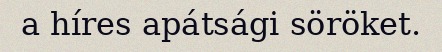
a híres apátsági söröket.